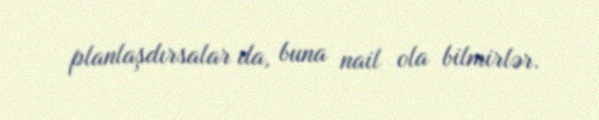
planlaşdırsalar da, buna nail ola bilmirlər.